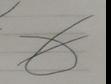
Signature authenticity: forged